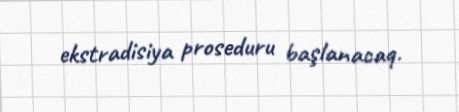
ekstradisiya proseduru başlanacaq.